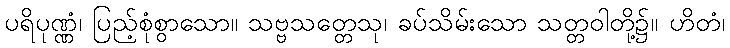
ပရိပုဏ္ဏံ၊ ပြည့်စုံစွာသော။ သဗ္ဗသတ္တေသု၊ ခပ်သိမ်းသော သတ္တဝါတို့၌။ ဟိတံ၊